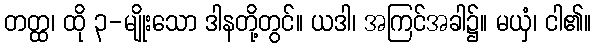
တတ္ထ၊ ထို ၃-မျိုးသော ဒါနတို့တွင်။ ယဒါ၊ အကြင်အခါ၌။ မယှံ၊ ငါ၏။